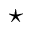
\star